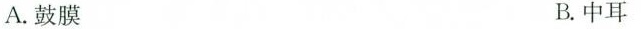
A.鼓膜 B.中耳